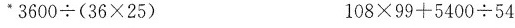
*$$3 6 0 0 \div ( 3 6 \times 2 5 )$$ $$1 0 8 \times 9 9 + 5 4 0 0 \div 5 4$$